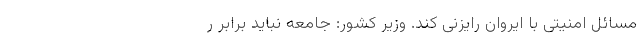
مسائل امنیتی با ایروان رایزنی کند. وزیر کشور: جامعه نباید برابر ر